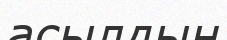
асылдың